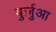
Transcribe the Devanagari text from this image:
बुर्ज़ुआ